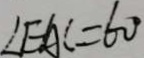
\angle E A C = 6 0 ^ { \circ }